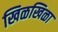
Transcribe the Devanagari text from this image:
खिळखिळा